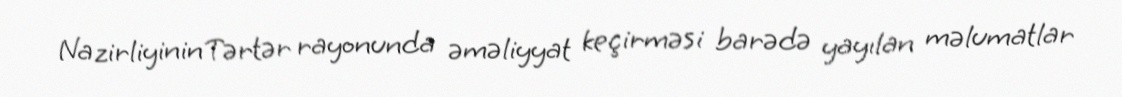
Nazirliyinin Tərtər rayonunda əməliyyat keçirməsi barədə yayılan məlumatlar